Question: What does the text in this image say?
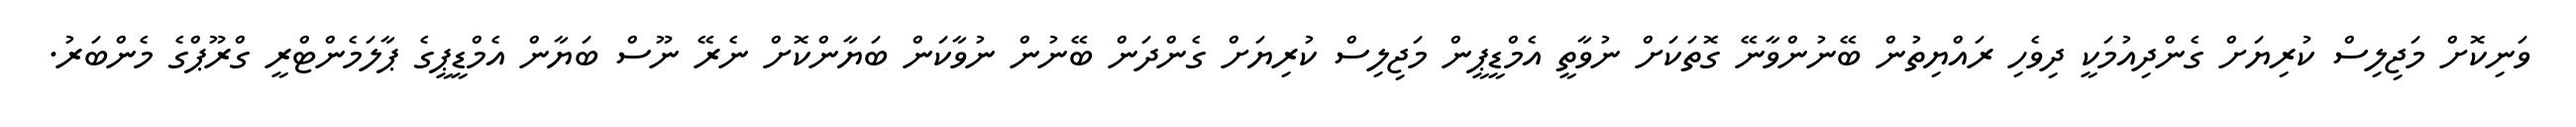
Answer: ވަނިކޮށް މަޖިލިސް ކުރިޔަށް ގެންދިއުމަކީ ދިވެހި ރައްޔިތުން ބޭނުންވާނޭ ގޮތަކަށް ނުވާތީ އެމްޑީޕީން މަޖިލިސް ކުރިޔަށް ގެންދަން ބޭނުން ނުވާކަން ބަޔާންކޮށް ނެރޭ ނޫސް ބަޔާން އެމްޑީޕީގެ ޕާލަމެންޓްރީ ގްރޫޕްގެ މެންބަރު.